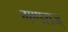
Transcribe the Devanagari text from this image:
गणराज्